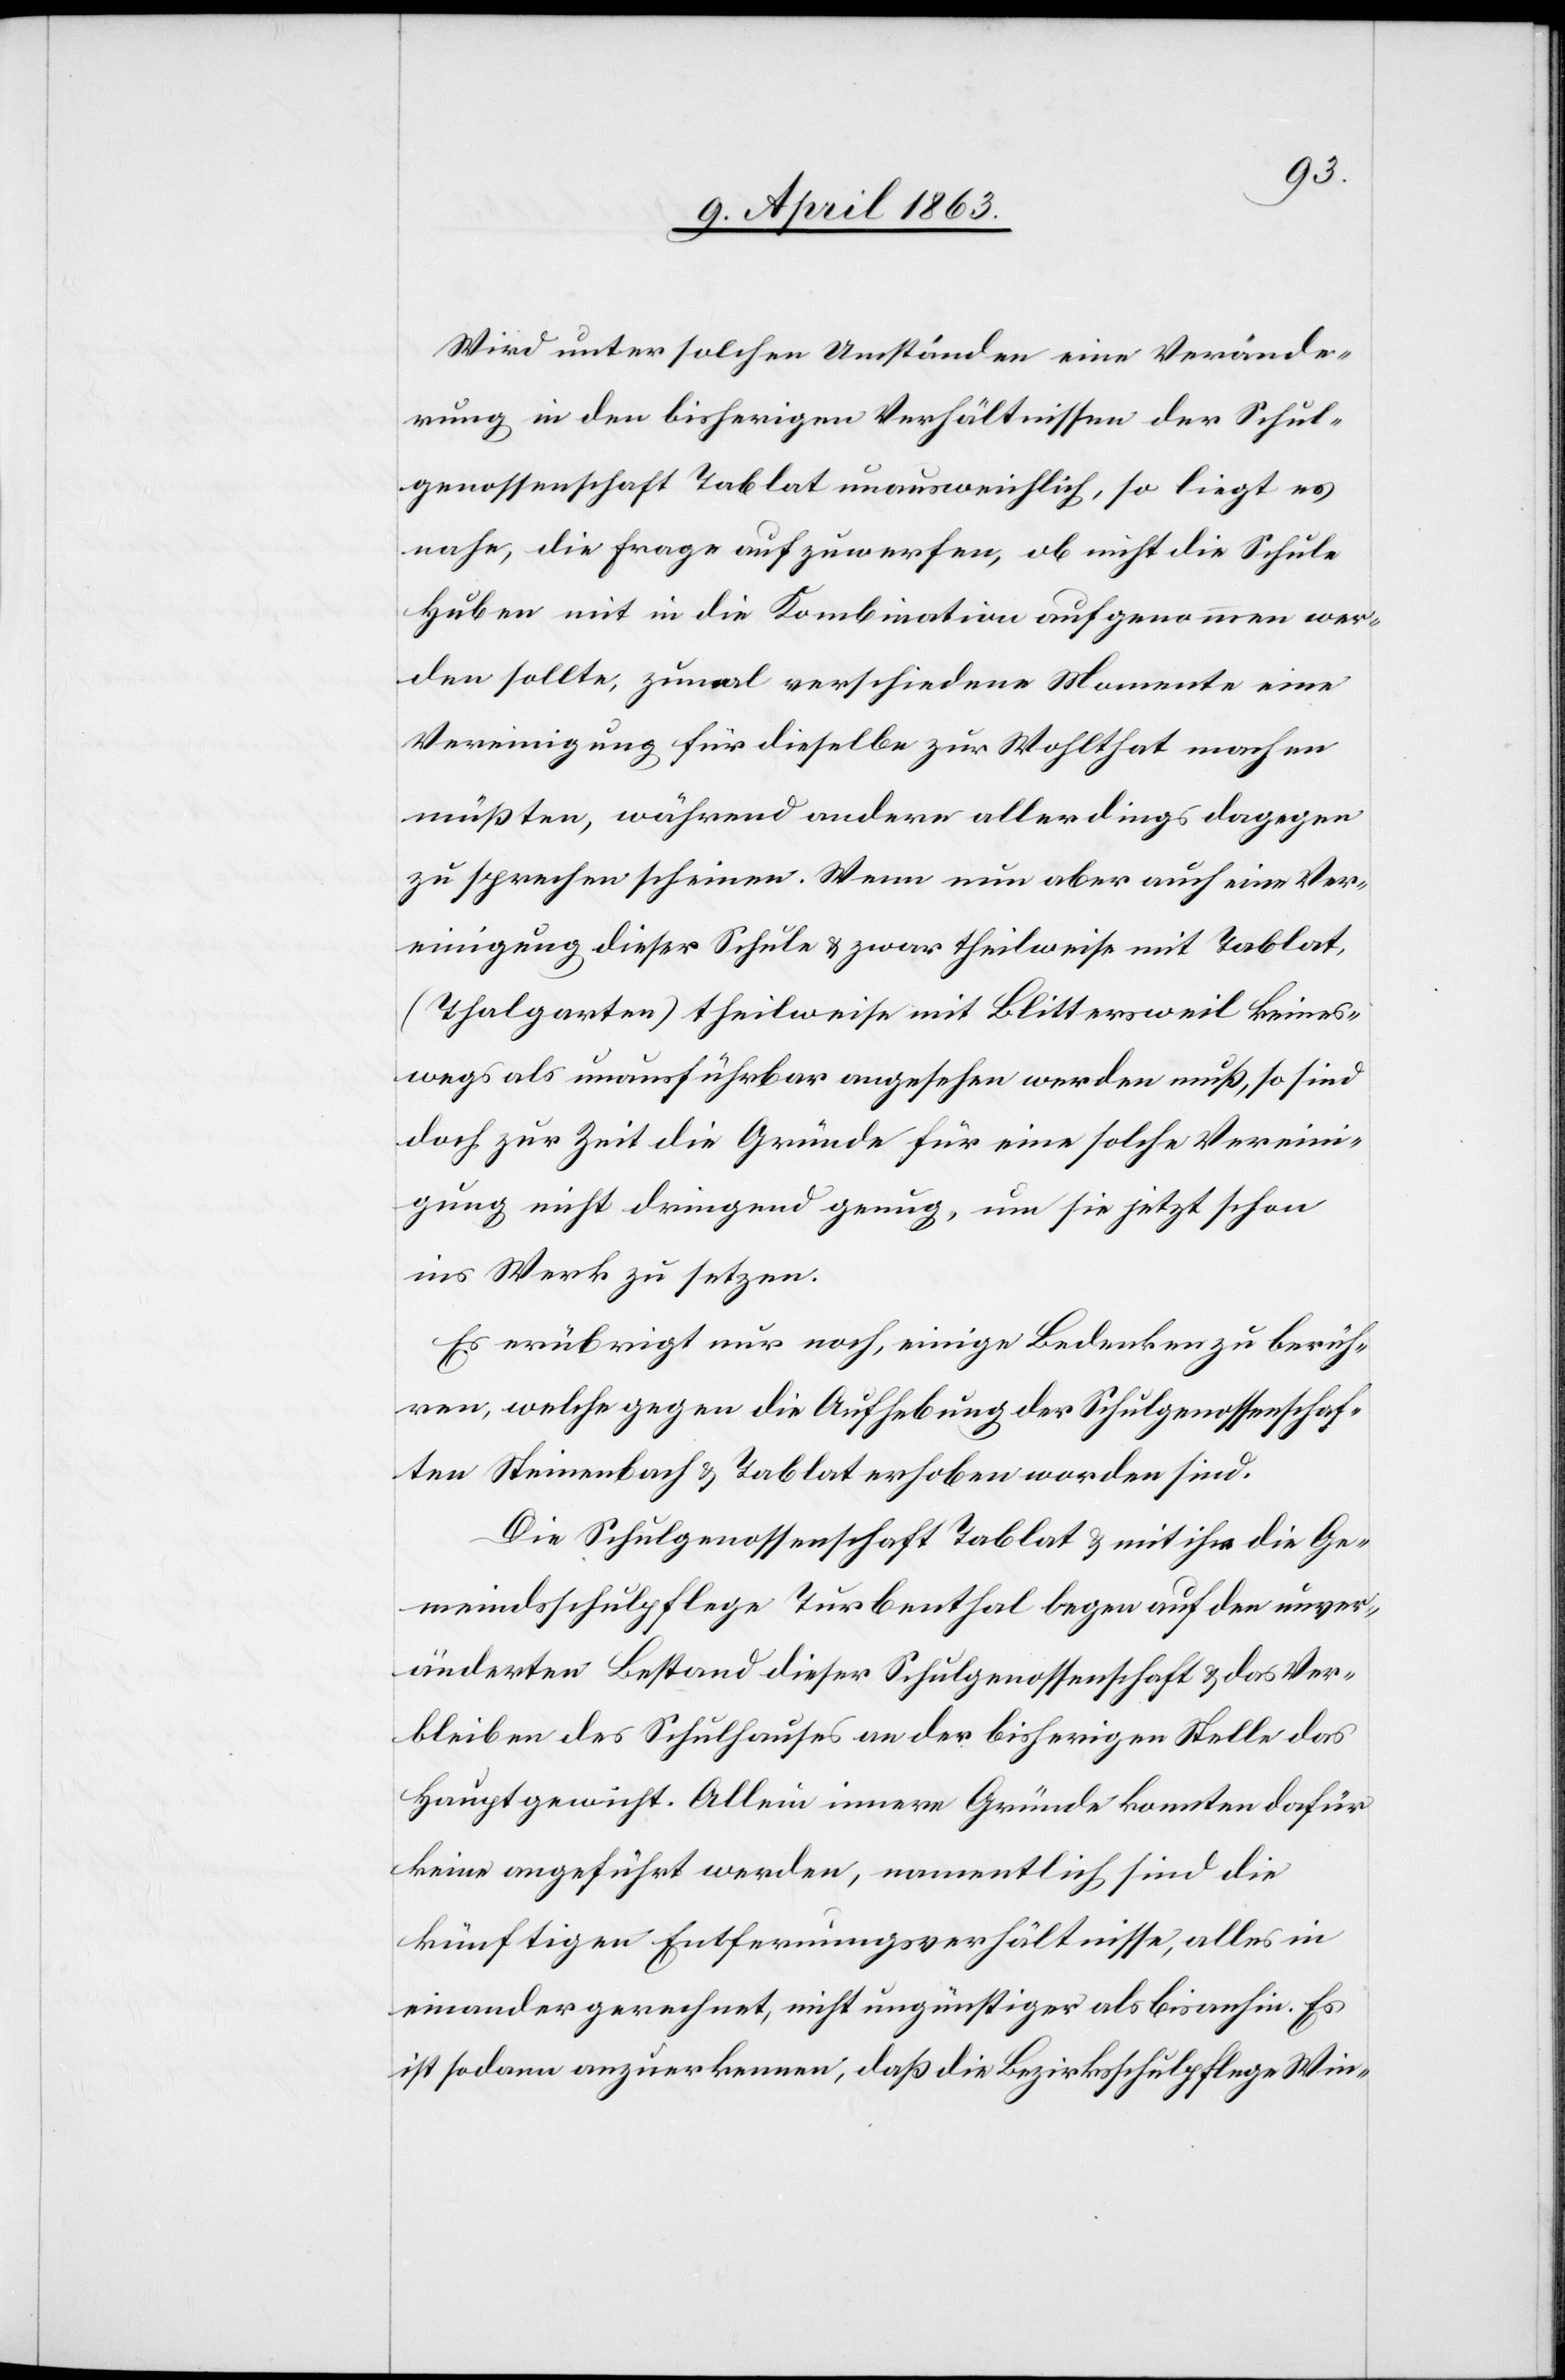
Wird unter solchen Umständen eine Verände¬
rung in den bisherigen Verhältnissen der Schul¬
genossenschaft Tablat unausweichlich, so liegt es
nahe, die Frage aufzuwerfen, ob nicht die Schule
Huben mit in die Kombination aufgenommen wer¬
den sollte, zumal verschiedene Momente eine
Vereinigung für dieselbe zur Wohlthat machen
müßten, während andere allerdings dagegen
zu sprechen scheinen. Wenn nun aber auch eine Ver¬
einigung dieser Schule & zwar theilweise mit Tablat
(Thalgarten) theilweise mit Blittersweil keines¬
wegs als unausführbar angesehen werden muß, so sind
doch zur Zeit die Gründe für eine solche Vereini¬
gung nicht dringend genug, um sie jetzt schon
ins Werk zu setzen.
Es erübrigt nur noch, einige Bedenken zu berüh¬
ren, welche gegen die Aufhebung der Schulgenossenschaf¬
ten Steinenbach & Tablat erhoben worden sind.
Die Schulgenossenschaft Tablat & mit ihr die Ge¬
meindsschulpflege Turbenthal legen auf den unver¬
änderten Bestand dieser Schulgenossenschaft & das Ver¬
bleiben des Schulhauses an der bisherigen Stelle das
Hauptgewicht. Allein innere Gründe konnten dafür
keine angeführt werden, namentlich sind die
künftigen Entfernungsverhältnisse, alles in
einander gerechnet, nicht ungünstiger als bisanhin. Es
ist sodann anzuerkennen, daß die Bezirksschulpflege Win-